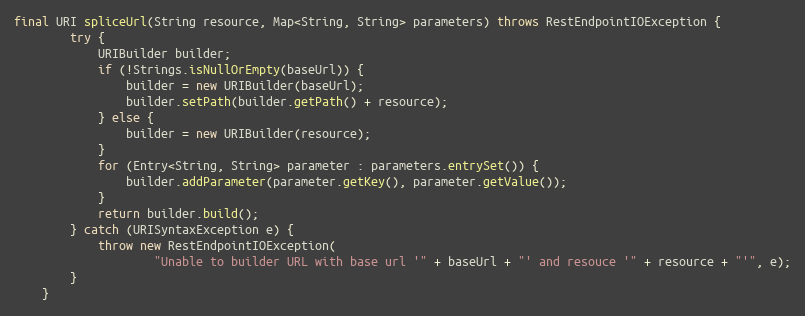
Language: Java
final URI spliceUrl(String resource, Map<String, String> parameters) throws RestEndpointIOException {
        try {
            URIBuilder builder;
            if (!Strings.isNullOrEmpty(baseUrl)) {
                builder = new URIBuilder(baseUrl);
                builder.setPath(builder.getPath() + resource);
            } else {
                builder = new URIBuilder(resource);
            }
            for (Entry<String, String> parameter : parameters.entrySet()) {
                builder.addParameter(parameter.getKey(), parameter.getValue());
            }
            return builder.build();
        } catch (URISyntaxException e) {
            throw new RestEndpointIOException(
                    "Unable to builder URL with base url '" + baseUrl + "' and resouce '" + resource + "'", e);
        }
    }